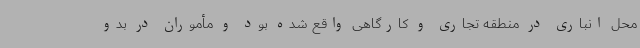
محل انباری در منطقه تجاری و کارگاهی واقع شده بود و مأموران در بدو